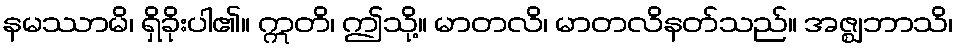
နမဿာမိ၊ ရှိခိုးပါ၏။ ဣတိ၊ ဤသို့။ မာတလိ၊ မာတလိနတ်သည်။ အဇ္ဈဘာသိ၊